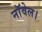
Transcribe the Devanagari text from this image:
नाॅवेल।